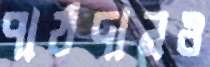
পাঠদানও